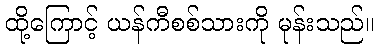
ထို့ကြောင့် ယန်ကီစစ်သားကို မုန်းသည်။